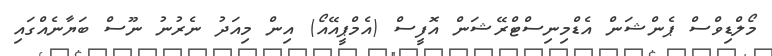
މޯލްޑިވްސް ޕެންޝަން އެޑްމިނިސްޓްރޭޝަން އޮފީސް (އެމްޕީއޭއޯ) އިން މިއަދު ނެރުނު ނޫސް ބަޔާނެއްގައި